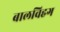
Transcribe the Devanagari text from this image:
बालविहग